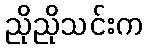
ညိုညိုသင်းက